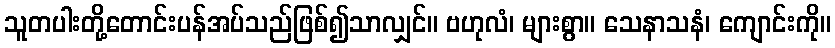
သူတပါးတို့တောင်းပန်အပ်သည်ဖြစ်၍သာလျှင်။ ဗဟုလံ၊ များစွာ။ သေနာသနံ၊ ကျောင်းကို။